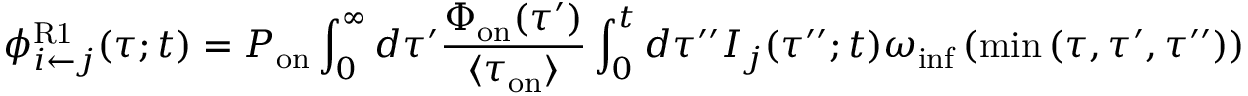
\phi _ { i \leftarrow j } ^ { \mathrm { R 1 } } ( \tau ; t ) = P _ { \mathrm { o n } } \int _ { 0 } ^ { \infty } d \tau ^ { \prime } \frac { \Phi _ { \mathrm { o n } } ( \tau ^ { \prime } ) } { \langle \tau _ { \mathrm { o n } } \rangle } \int _ { 0 } ^ { t } d \tau ^ { \prime \prime } I _ { j } ( \tau ^ { \prime \prime } ; t ) \omega _ { \mathrm { i n f } } \left( \operatorname* { m i n } { ( \tau , \tau ^ { \prime } , \tau ^ { \prime \prime } ) } \right)